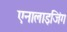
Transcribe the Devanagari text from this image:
एनालाइजिंग